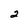
Character: 2